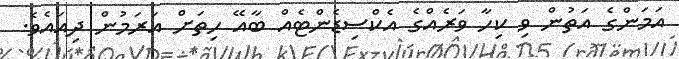
އަމަންގެ އަތުން ވި ކިހާ ވަރެއްގެ އެކްސިޑެންޓެއް ބާއޭ ހިތަށް އަރަމުން ދިއައެވެ.